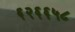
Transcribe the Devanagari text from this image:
६२६६५८